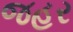
જહર